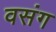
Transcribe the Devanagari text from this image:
वसंग